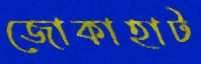
জোকাহাট